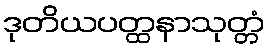
ဒုတိယပတ္ထနာသုတ္တံ